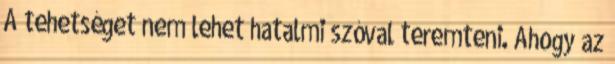
A tehetséget nem lehet hatalmi szóval teremteni. Ahogy az